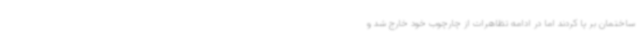
ساختمان بر پا کردند اما در ادامه تظاهرات از چارچوب خود خارج شد و